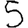
Digit: 5